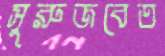
সুরুজবেত